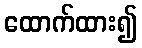
ထောက်ထား၍